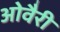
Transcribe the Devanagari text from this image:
ओवैरी